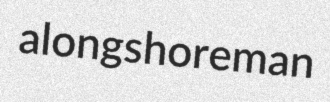
alongshoreman